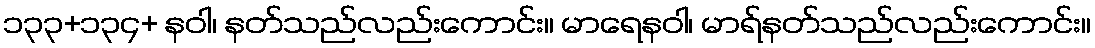
၁၃၃+၁၃၄+ နဝါ၊ နတ်သည်လည်းကောင်း။ မာရေနဝါ၊ မာရ်နတ်သည်လည်းကောင်း။